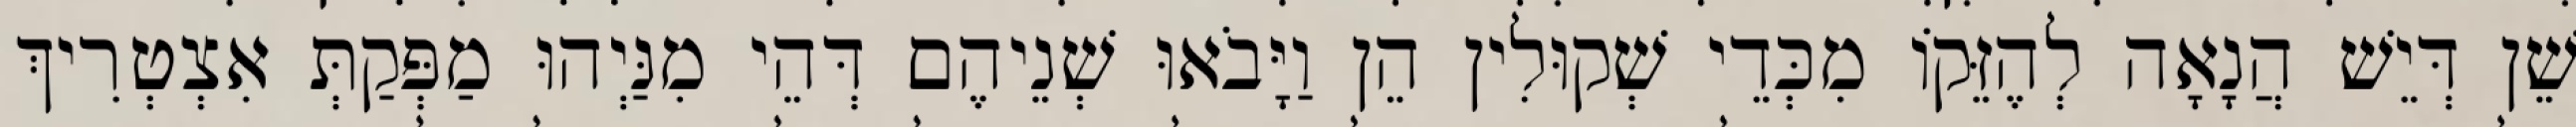
שֵׁן דְּיֵשׁ הֲנָאָה לְהֶזֵּקוֹ מִכְּדֵי שְׁקוּלִין הֵן וַיָּבֹאוּ שְׁנֵיהֶם דְּהֵי מִנַּיְהוּ מַפְּקַתְּ אִצְטְרִיךְ